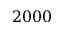
2 0 0 0